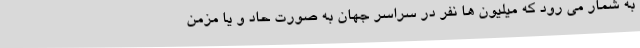
به شمار می رود که میلیون ها نفر در سراسر جهان به صورت حاد و یا مزمن